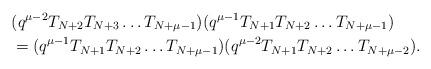
LaTeX: \begin{align*}&(q^{\mu -2} T_{N+2} T_{N+3} \dots T_{N+\mu-1}) (q^{\mu-1} T_{N+1} T_{N+2} \dots T_{N+\mu-1}) \\&= (q^{\mu-1} T_{N+1} T_{N+2} \dots T_{N+\mu-1}) (q^{\mu -2} T_{N+1} T_{N+2} \dots T_{N+\mu-2}). \end{align*}